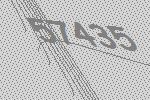
57435